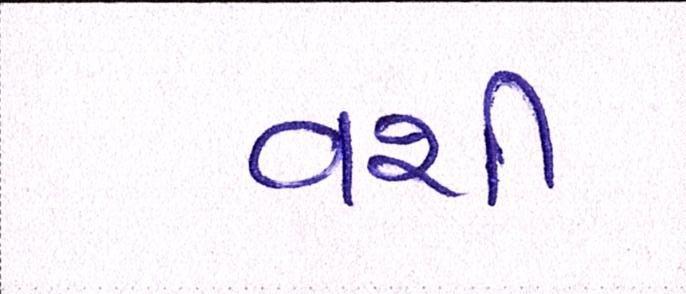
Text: વશી